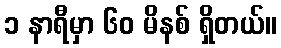
၁ နာရီမှာ ၆၀ မိနစ် ရှိတယ်။